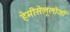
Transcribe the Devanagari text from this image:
हेमीसेलूलोजों